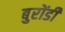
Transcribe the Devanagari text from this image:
बुरोंडी